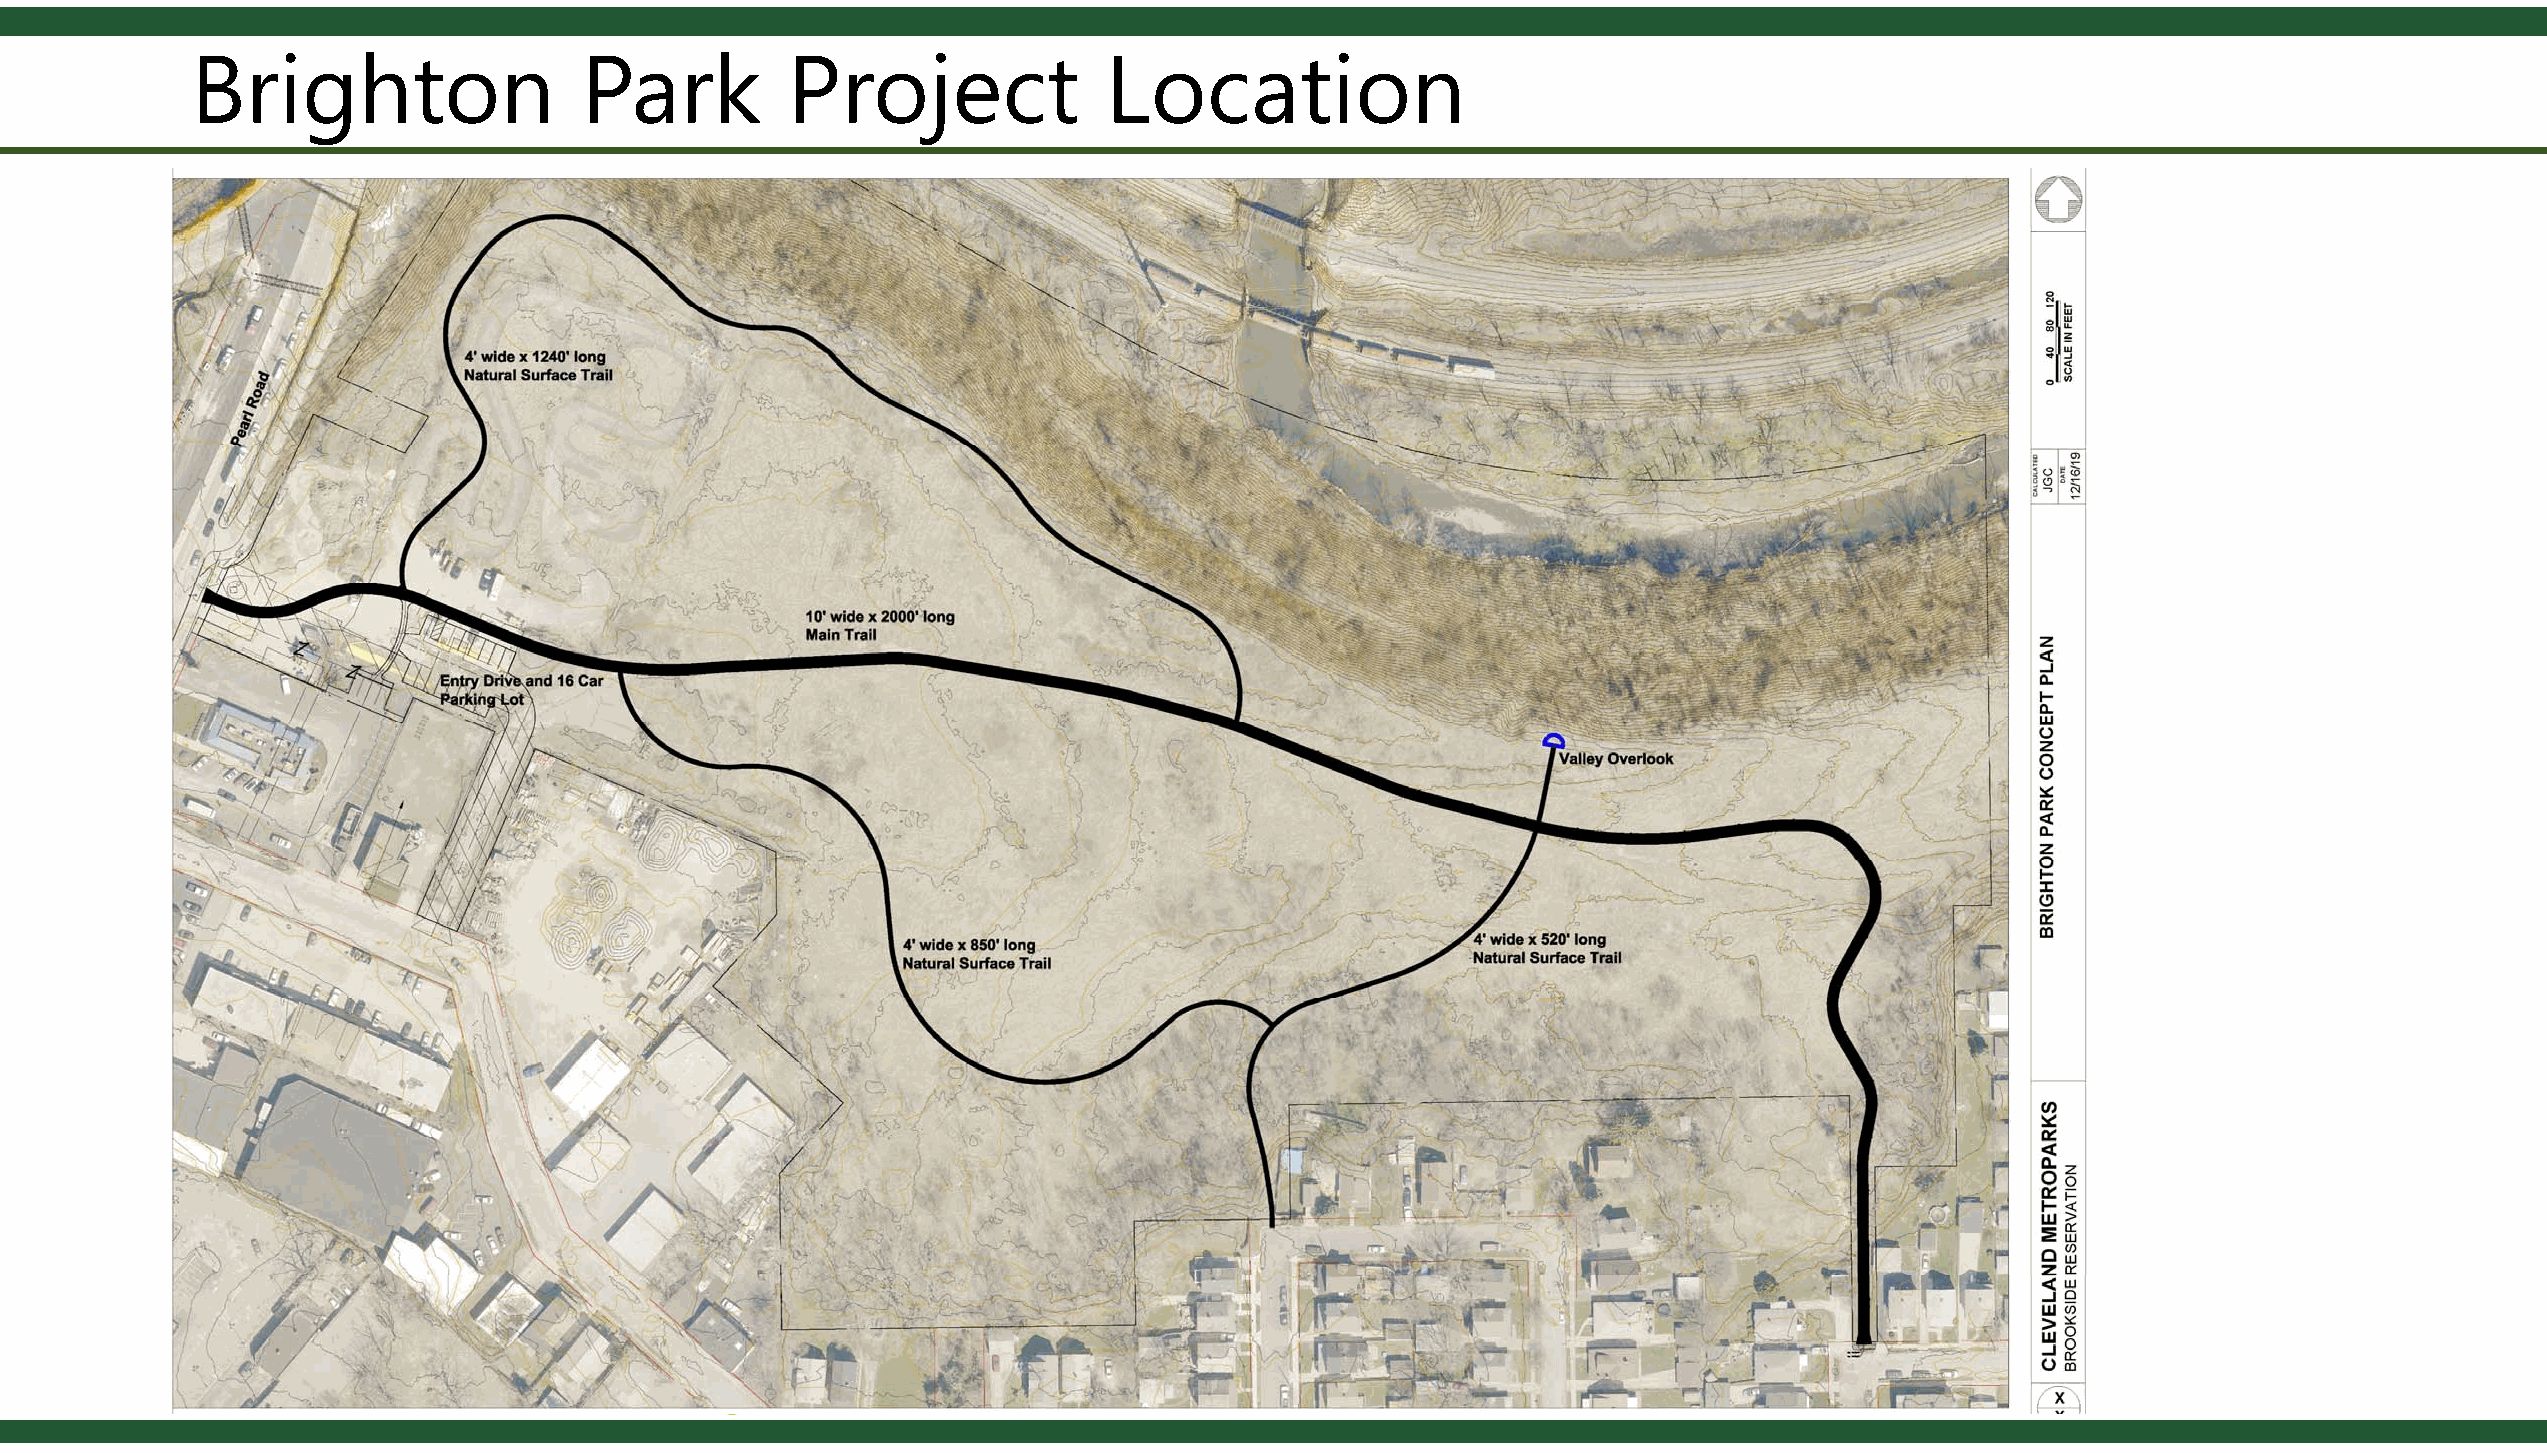
Brighton                  Park         Project              Location